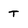
Character: T